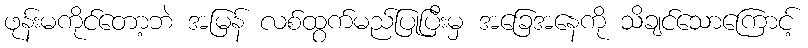
ဖုန်းမကိုင်တော့ဘဲ အမြန် လစ်ထွက်မည်ပြုပြီးမှ အခြေအနေကို သိချင်သောကြောင့်